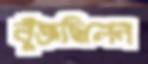
বুঁজছিলেন